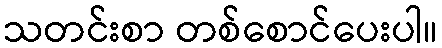
သတင်းစာ တစ်စောင်ပေးပါ။